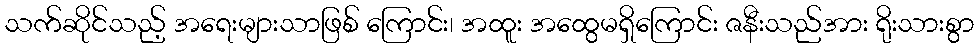
သက်ဆိုင်သည့် အရေးများသာဖြစ် ကြောင်း၊ အထူး အထွေမရှိကြောင်း ဇနီးသည်အား ရိုးသားစွာ